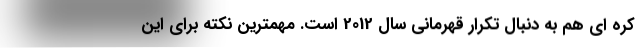
کره ای هم به دنبال تکرار قهرمانی سال 2012 است. مهمترین نکته برای این